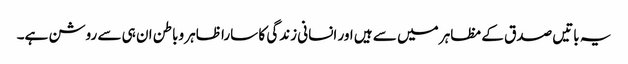
یہ باتیں صدق کے مظاہر میں سے ہیں اور انسانی زندگی کا سارا ظاہر وباطن ان ہی سے روشن ہے۔